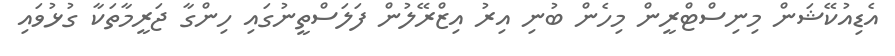
އެޑިއުކޭޝަން މިނިސްޓްރީން މިހެން ބުނި އިރު އިޒްރޭލުން ފަލަސްތީނުގައި ހިންގާ ޖަރީމާތަކާ ގުޅުވައި